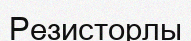
Резисторлы